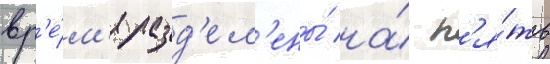
вр'е́м'я разд'ел'ены́ на́ п'я́ть